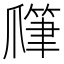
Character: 𤔯